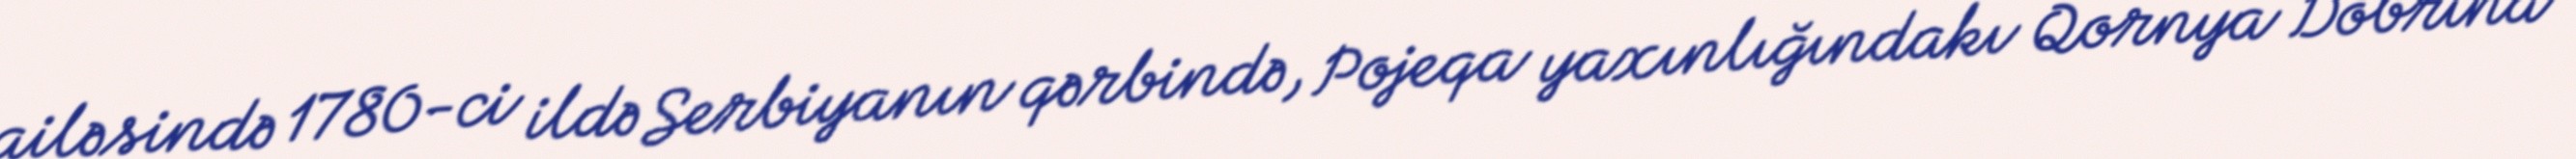
ailəsində 1780-ci ildə Serbiyanın qərbində, Pojeqa yaxınlığındakı Qornya Dobrina